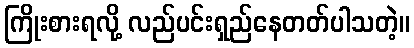
ကြိုးစားရလို့ လည်ပင်းရှည်နေတတ်ပါသတဲ့။